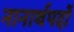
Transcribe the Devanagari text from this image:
नानार्थपदों